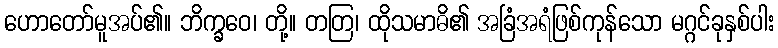
ဟောတော်မူအပ်၏။ ဘိက္ခဝေ၊ တို့။ တတြ၊ ထိုသမာဓိ၏ အခြံအရံဖြစ်ကုန်သော မဂ္ဂင်ခုနှစ်ပါး